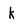
Character: k